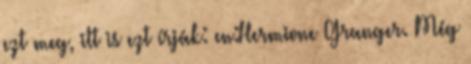
ezt meg, itt is ezt írják: en:Hermione Granger. Még